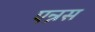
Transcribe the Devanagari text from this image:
एन्नस